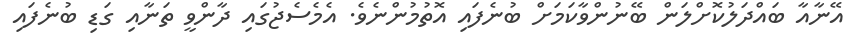
އޭނާއާ ބައްދަލުކޮށްލަން ބޭނުންވާކަމަށް ބުނެފައި އޮތުމުންނެވެ. އެމެސެޖުގައި ދާންވީ ތަނާއި ގަޑި ބުނެފައި